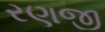
રણજી